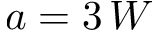
a = 3 \, W